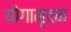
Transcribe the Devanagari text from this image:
योगामृतम